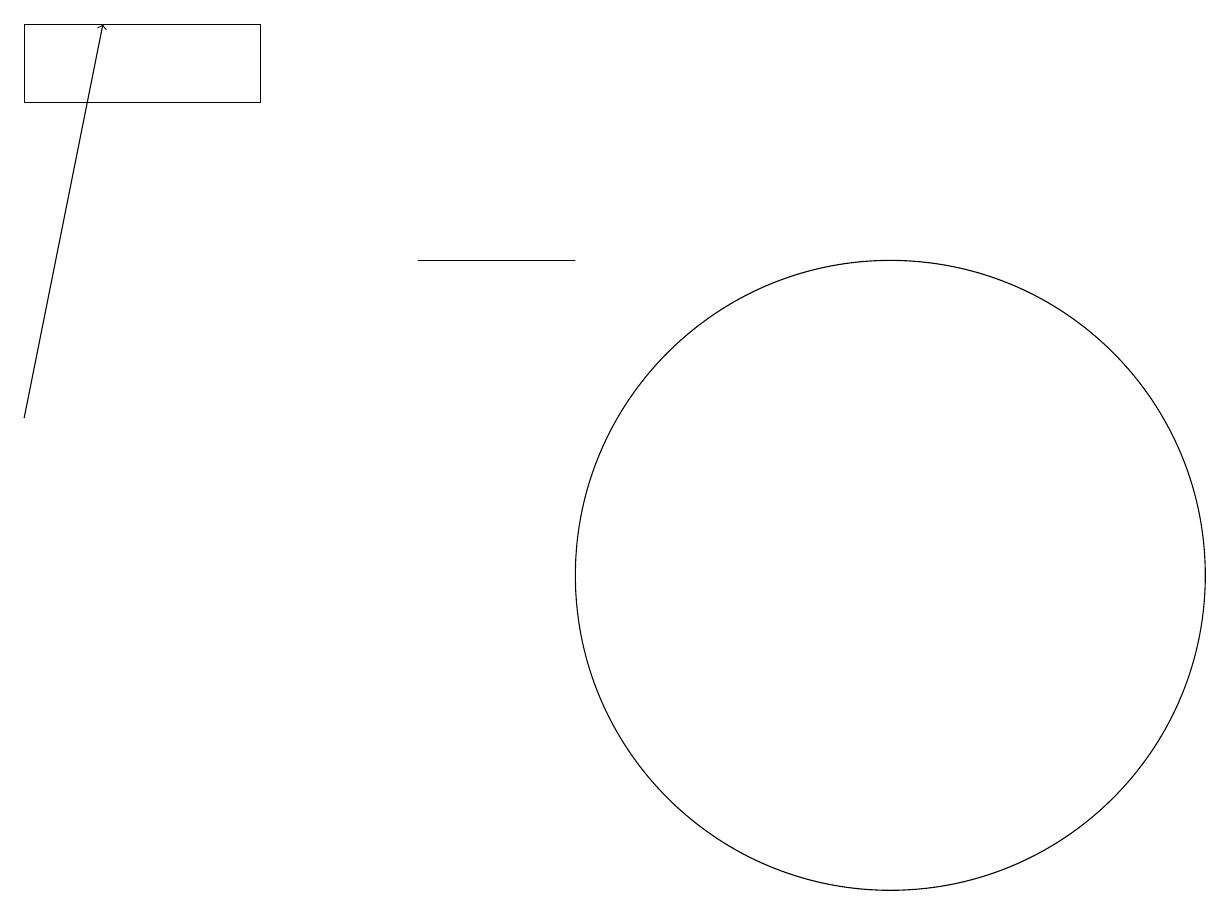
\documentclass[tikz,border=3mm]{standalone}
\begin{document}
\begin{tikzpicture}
\draw (3,18) rectangle (0,17);
\draw (5,15) rectangle (7,15);
\draw (11,11) circle (4);
\draw[->] (0,13) -- (1,18);
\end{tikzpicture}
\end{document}